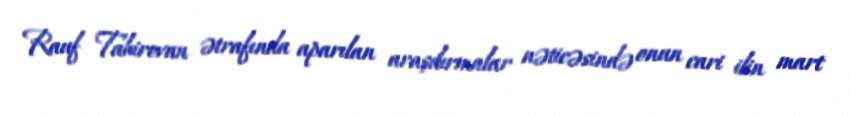
Rauf Tahirovun ətrafında aparılan araşdırmalar nəticəsində onun cari ilin mart